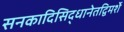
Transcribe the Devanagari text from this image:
सनकादिसिद्धानेतद्विमर्शे